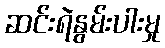
ဆင်းရဲနွမ်းပါးမှု